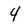
Character: 4